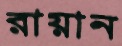
রায়ান